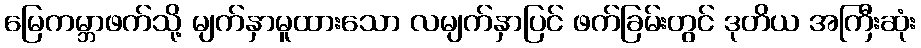
မြေကမ္ဘာဖက်သို့ မျက်နှာမူထားသော လမျက်နှာပြင် ဖက်ခြမ်းတွင် ဒုတိယ အကြီးဆုံး